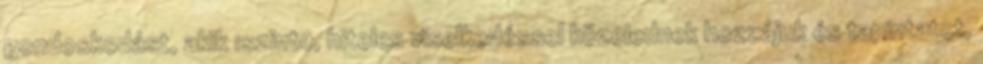
gondoskodást, akik ıszinte, hiteles viselkedéssel közelednek hozzájuk és tapintatot,